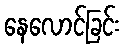
နေလောင်ခြင်း